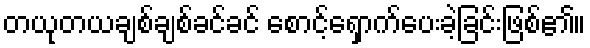
တယုတယချစ်ချစ်ခင်ခင် စောင့်ရှောက်ပေးခဲ့ခြင်းဖြစ်၏။